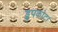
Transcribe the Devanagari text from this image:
ड्रुपकोटा